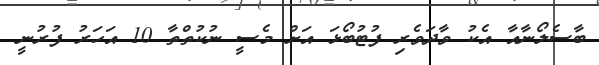
ބާސެލޯނާއާ އެކު ވާދަވެރި ފުޓުބޯޅަ އަށް މެސީ ނުކުތްތާ 10 އަހަރު ފުރުނީ